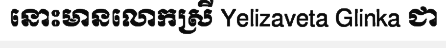
នោះមានលោកស្រី Yelizaveta Glinka ជា